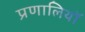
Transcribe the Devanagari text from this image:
प्रणालियॉ